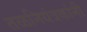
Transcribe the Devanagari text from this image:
तळनियंत्रकांनी